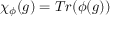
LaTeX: \chi _ { \phi } ( g ) = T r ( \phi ( g ) )